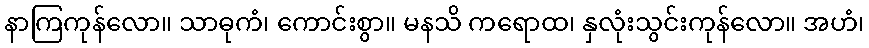
နာကြကုန်လော။ သာဓုကံ၊ ကောင်းစွာ။ မနသိ ကရောထ၊ နှလုံးသွင်းကုန်လော။ အဟံ၊